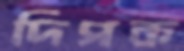
দিপক